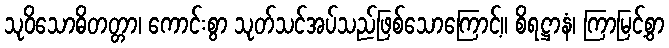
သုဝိသောဓိတတ္တာ၊ ကောင်းစွာ သုတ်သင်အပ်သည်ဖြစ်သောကြောင့်။ စိရဋ္ဌာနံ၊ ကြာမြင့်စွာ